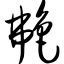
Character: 艴